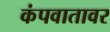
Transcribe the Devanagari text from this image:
कंपवातावर